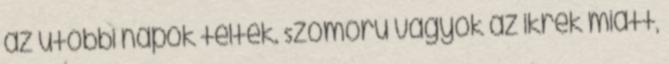
az utóbbi napok teltek. Szomorú vagyok az ikrek miatt,